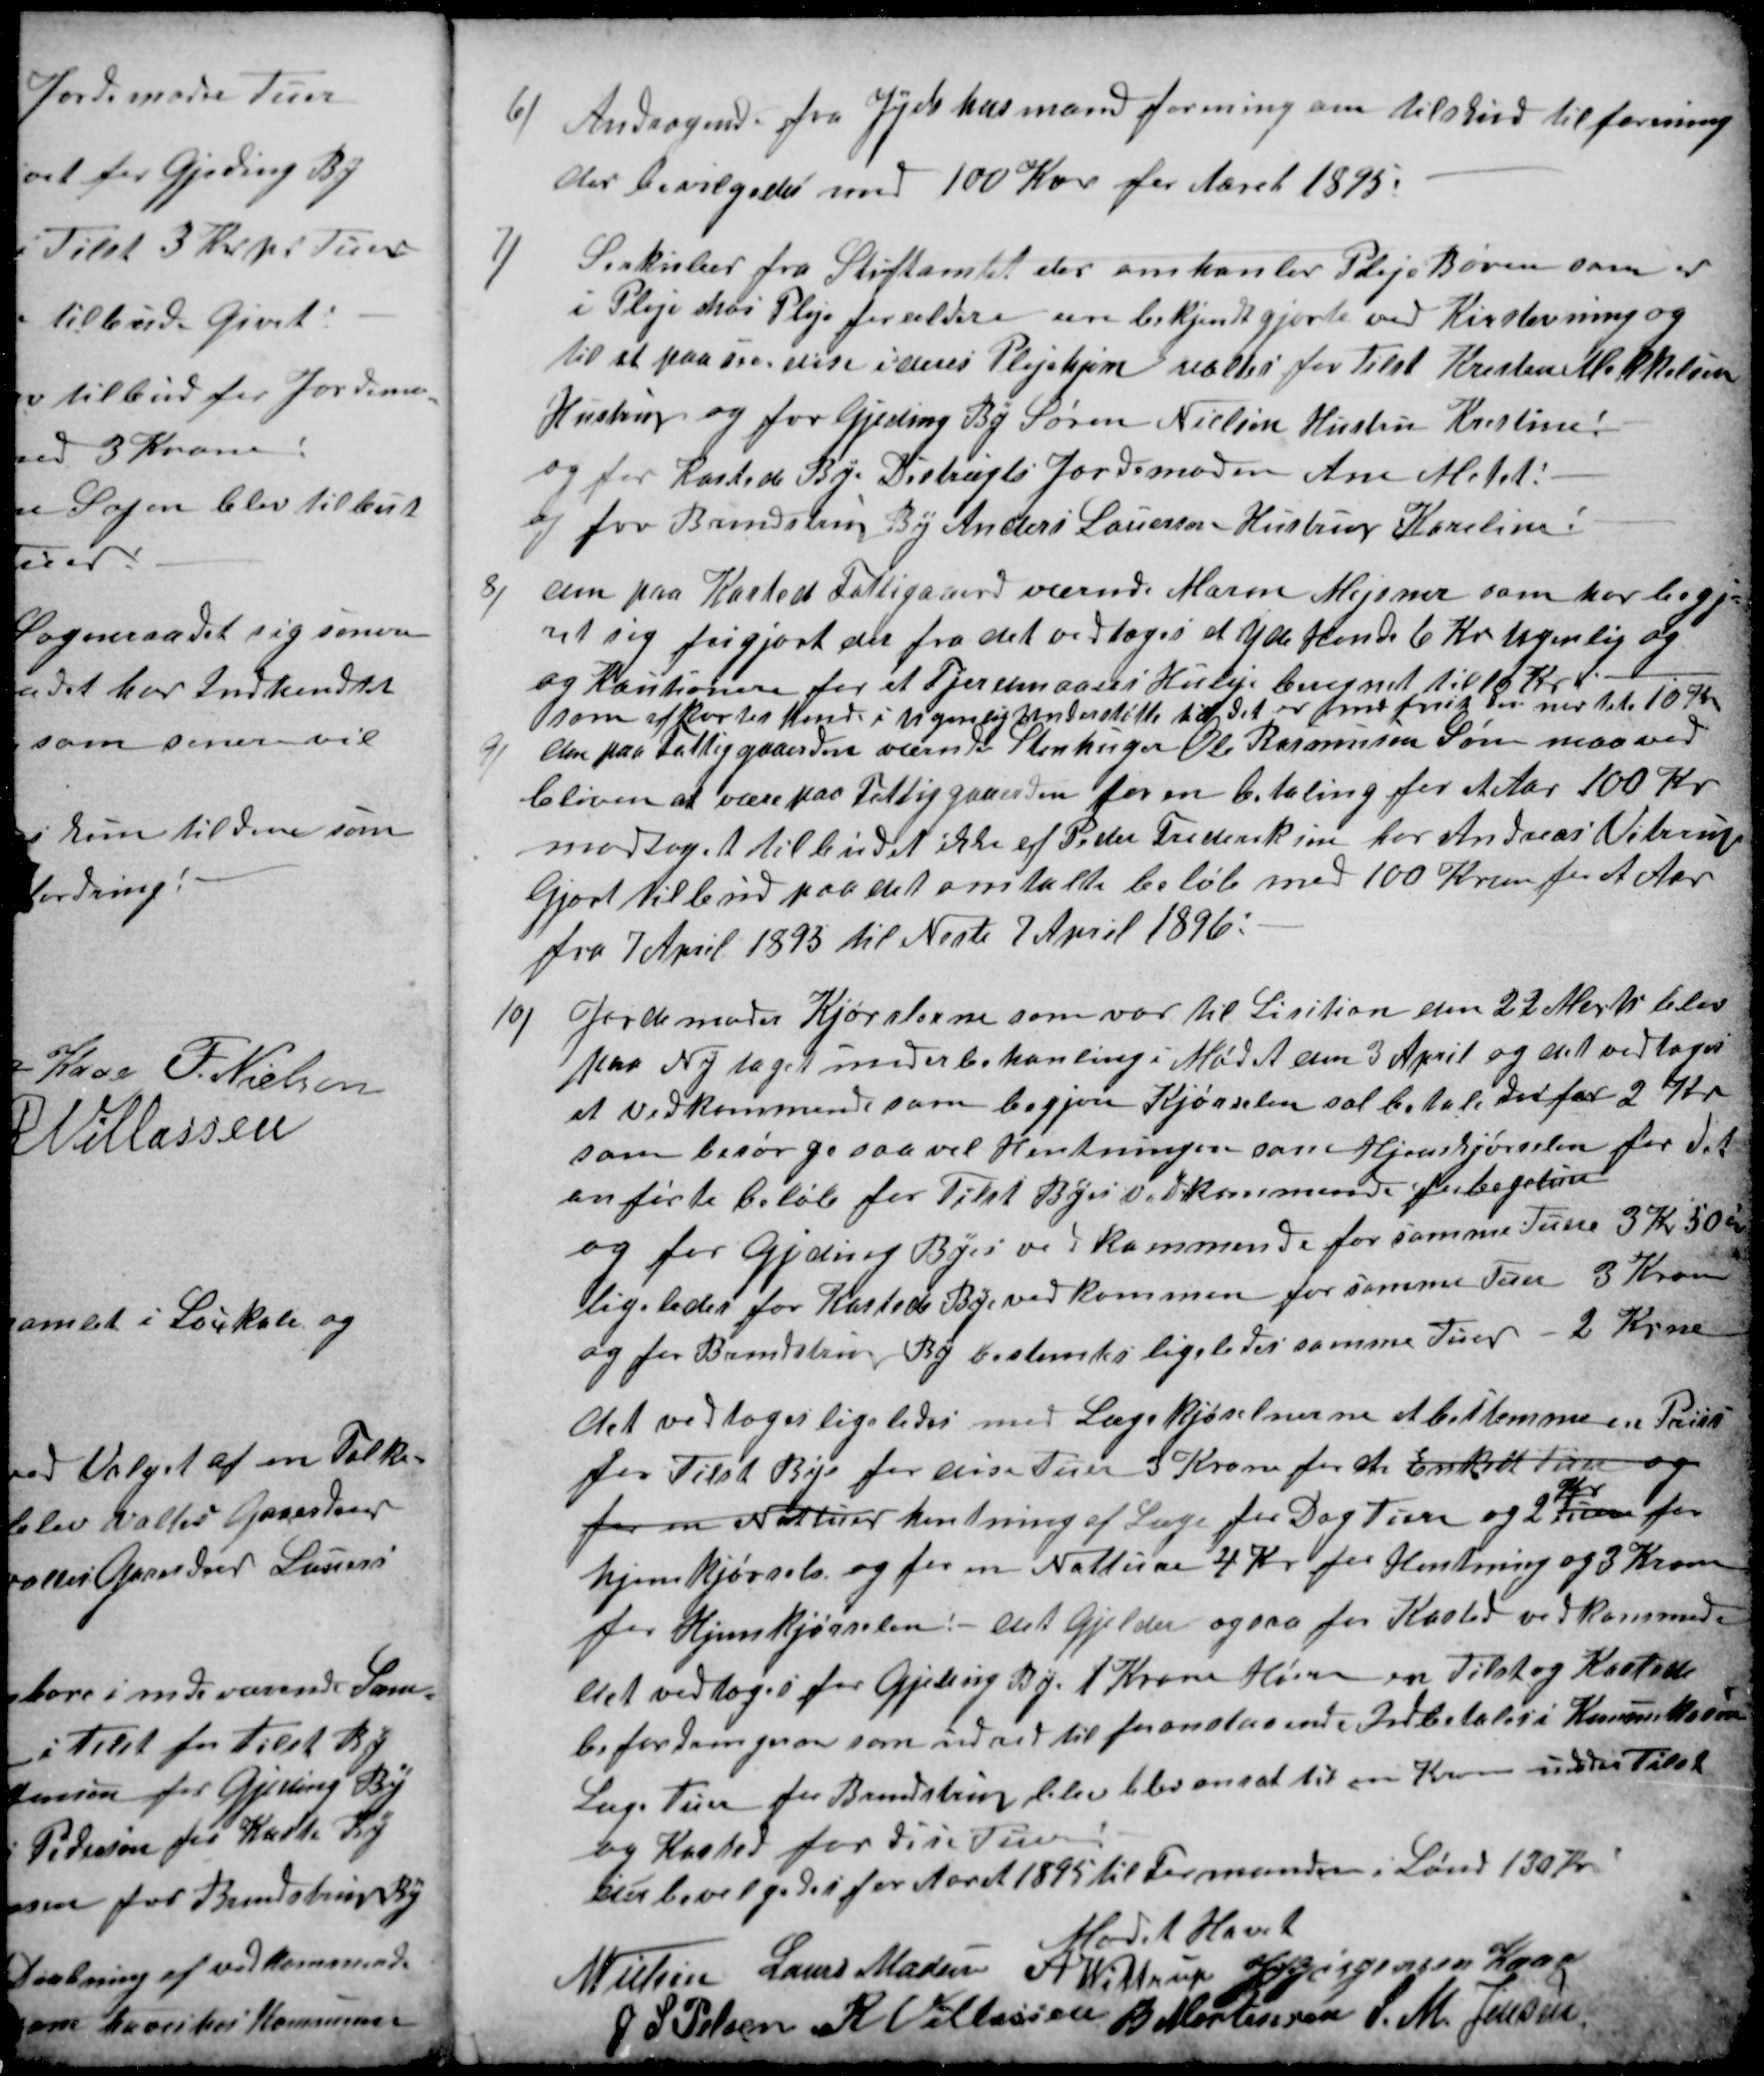
Transskription:
6)
Andragende fra Jyds husmandforening om tilskud til forening
der bevilgedes med 100 Kr for Aaret 1895.
7)
Sirkulær fra Stiftamtet der omhanler Pleje Børen som er
i Pleje hos Plejeforældere ere bekjendtgjorte ved Kirkstevning og
til at paase disse i deres Plejehjem valtes for Tilst Kresten Mikkelsen
Hustru og for Gjeding By Søren Nielsen Hustru Kristine !
og for Kasted By. DistreigtsJordemoder Ane Molst!
og for Brendstrup By Anders Lauersen - Hustru Karoline !
8)
den paa Kasted Fattigaard værende Maren Mejsner som har begje
ret sig frigjort der fra det vedtoges at yde Hende 6 Kr ugenlig og
og Kautionere for et Fjerdenaaer i Husleje beregnet til 10 Kr.
som afkortes hende i ugenlig Understøtte til det er nedført  der ner til 10 Kr
9)
den paa Fattiggaarden værende Stenhuger Ole Rasmussen Søn maa ved
bliven at være paa Fattiggaarden for en betaling for et Aar 100 Kr
modtages tilbudet ikke af Peder Frederiksen har Andreas Vitrup
Gjort tilbud paa det omtalte beløb med 100 Krone for et Aar
fra 7 April 1895 til Neste 7 April 1896.
10)
Jordemoder Kjørslerne som var til Lisition den 22 Marts blev
paa Ny taget under behanling i Mødet den 3 April og det vedtoges
at Vedkommende som begjere Kjørselen sal betale der for 2 Kr
som besørge saavel Hentningen som Hjemkjørselen for det
anførte beløb for Tilst Byes vedkommende forbegetin
og for Gjeding Byes vedkommende for samme Tuere 3 Kr 50 Øre
ligeledes for Kasted By vedkommen for samme Tuer 3 Kroner
og for Brendstrup By bestemtes ligeledes samme Tuer - 2 Krone
det vedtoges ligeledes med Lægekjørselnerne at bestemme en Priis
for Tilst Bys for disse Tuer 3 Krone for et Enkelt Tuer og
for en Nattuer hentning af Læge for Dag Tuer og 2
Kr
Tuer for
hjemkjørsels og for en Natture 4 Kr for Hentning og 3 Kroner
for Hjemkjørselen. det Gjelder ogsaa for Kasted vedkommede
det vedtoges for Gjeding By 1 Krone Høier en Tilst og Kasted
befordringerne som udred til foranstaaende Indbetales i Komunekassen
Læge Tuer for Brendstrup blev blev ansat til en Krone under Tilst
og Kasted for disse Tuer
der bevilgedes for Aaret 1895 til Formanden i Lønd 130 Kr
Mødet Hævet
N Nielsen
Laurs Madsen
A. Wittrup
J P Jørgensen Kaae
J S Pelsen
R. Villassen
B Mortensen
S. M. Jensen